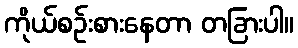
ကိုယ်စဉ်းစားနေတာ တခြားပါ။